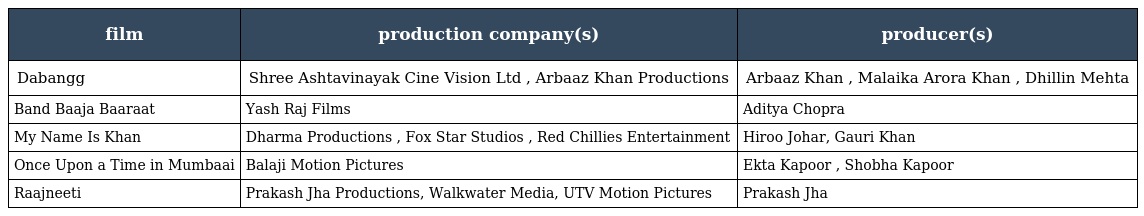
| film | production company(s) | producer(s) |
 | --- | --- | --- |
 | Dabangg | Shree Ashtavinayak Cine Vision Ltd , Arbaaz Khan Productions | Arbaaz Khan , Malaika Arora Khan , Dhillin Mehta |
 | Band Baaja Baaraat | Yash Raj Films | Aditya Chopra |
 | My Name Is Khan | Dharma Productions , Fox Star Studios , Red Chillies Entertainment | Hiroo Johar, Gauri Khan |
 | Once Upon a Time in Mumbaai | Balaji Motion Pictures | Ekta Kapoor , Shobha Kapoor |
 | Raajneeti | Prakash Jha Productions, Walkwater Media, UTV Motion Pictures | Prakash Jha |